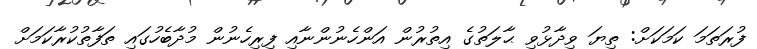
ފުރަތަމަ ކަމަކަށް: ތިޔަ ވިދާޅުވި ޙާލަތުގެ އިތުރުން އަންހެނުންނާއި ފިރިހެނުން މުދާބެހުގައި ތަފާތުކުރާކަމަށް